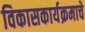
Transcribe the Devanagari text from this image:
विकासकार्यक्रमाचे